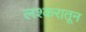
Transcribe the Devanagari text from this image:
लश्करातून